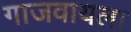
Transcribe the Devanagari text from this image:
गाजवायला